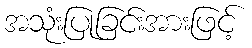
အသုံးပြုခြင်းအားဖြင့်